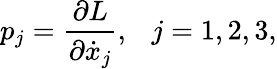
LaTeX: p_{j}={\frac{\partial L}{\partial\dot{x}_{j}}},\ \ \ j=1,2,3,